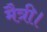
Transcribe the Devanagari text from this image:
मैत्री।